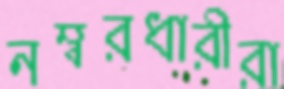
নম্বরধারীরা